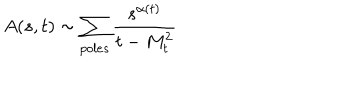
A ( s , t ) \sim \sum _ { p o l e s } \frac { s ^ { \alpha ( t ) } } { t - M _ { t } ^ { 2 } }